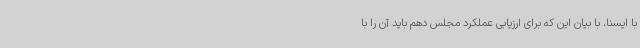
با ایسنا، با بیان این که برای ارزیابی عملکرد مجلس دهم باید آن را با